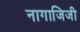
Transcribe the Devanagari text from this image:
नागाजिजी